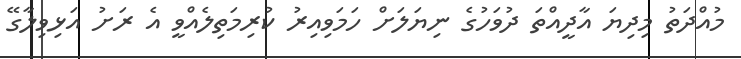
މުއްދަތު މިދިޔަ އާދީއްތަ ދުވަހުގެ ނިޔަލަށް ހަމަވިއިރު ކުރިމަތިލެއްވީ އެ ރަށު އަޅިވިލާގޭ